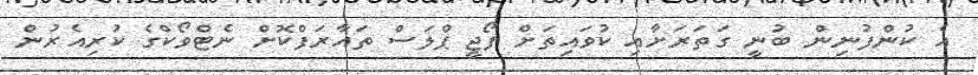
އެ ކުންފުނިން ބުނީ ގަތަރަށާއި ކުވައިތަށް ފޯޖީ ޕްލަސް ތައާރަފްކޮށް ނެޓްވޯކްގެ ކުރިއެރުން